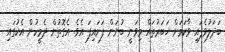
ބަދަލުވެފައި ވާކަމަށް ޚަބަރުތައް މިވަނީ ބުނަން ފަށައިފަ އެވެ. އެގޮތުން ދެމީހުން އެކުގައި